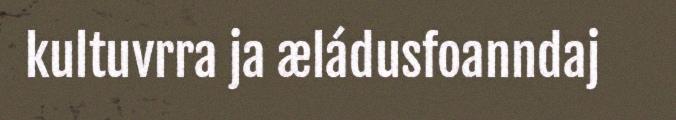
kultuvrra ja æládusfoanndaj